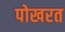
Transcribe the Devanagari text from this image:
पोखरत